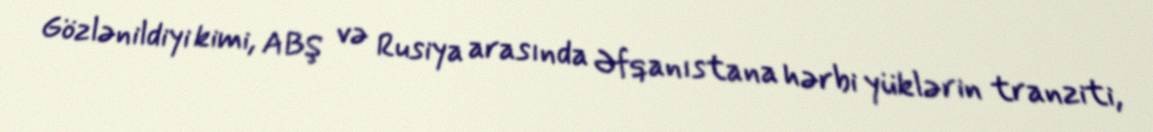
Gözlənildiyi kimi, ABŞ və Rusiya arasında Əfqanıstana hərbi yüklərin tranziti,